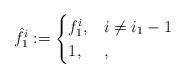
LaTeX: \begin{align*}\hat{f}_1^i:=\begin{cases}f_1^i,& i \neq i_1-1\\1,&,\end{cases}\end{align*}